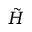
\tilde { H }